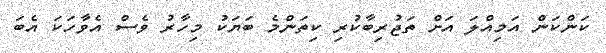
ކަންކަން އަމިއްލަ އަށް ތަޖުރިބާކުރި ކިތަންމެ ބަޔަކު މިހާރު ވެސް އެވާހަކަ އެބަ